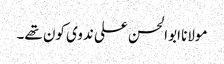
مولانا ابوالحسن علی ندوی کون تھے۔